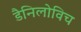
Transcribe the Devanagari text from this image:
डैनिलोविच